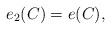
\begin{align*} e_2(C)=e(C), \end{align*}